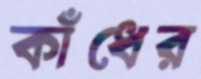
কাঁধের